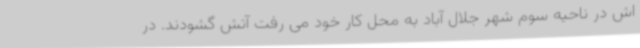
اش در ناحیه سوم شهر جلال آباد به محل کار خود می رفت آتش گشودند. در